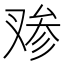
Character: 𰇁